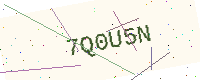
Text: 7Q0U5N